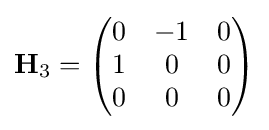
\mathbf {H} _{3}={\begin{pmatrix}0&-1&0\\1&0&0\\0&0&0\end{pmatrix}}